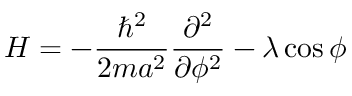
H = - { \frac { \hbar ^ { 2 } } { 2 m a ^ { 2 } } } { \frac { \partial ^ { 2 } } { \partial \phi ^ { 2 } } } - \lambda \cos \phi